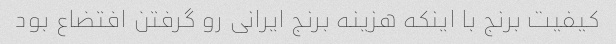
کیفیت برنج با اینکه هزینه برنج ایرانی رو گرفتن افتضاع بود